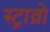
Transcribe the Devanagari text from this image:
स्ट्राव्रो